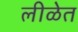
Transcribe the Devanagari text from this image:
लीळेत